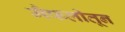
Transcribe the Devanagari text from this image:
मैफलीतून